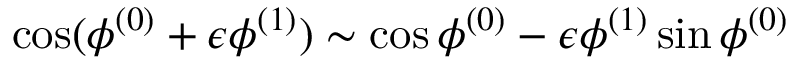
\cos ( \phi ^ { ( 0 ) } + \epsilon \phi ^ { ( 1 ) } ) \sim \cos \phi ^ { ( 0 ) } - \epsilon \phi ^ { ( 1 ) } \sin \phi ^ { ( 0 ) }